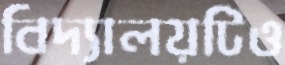
বিদ্যালয়টিও